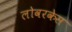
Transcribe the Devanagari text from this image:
लोवरकेस